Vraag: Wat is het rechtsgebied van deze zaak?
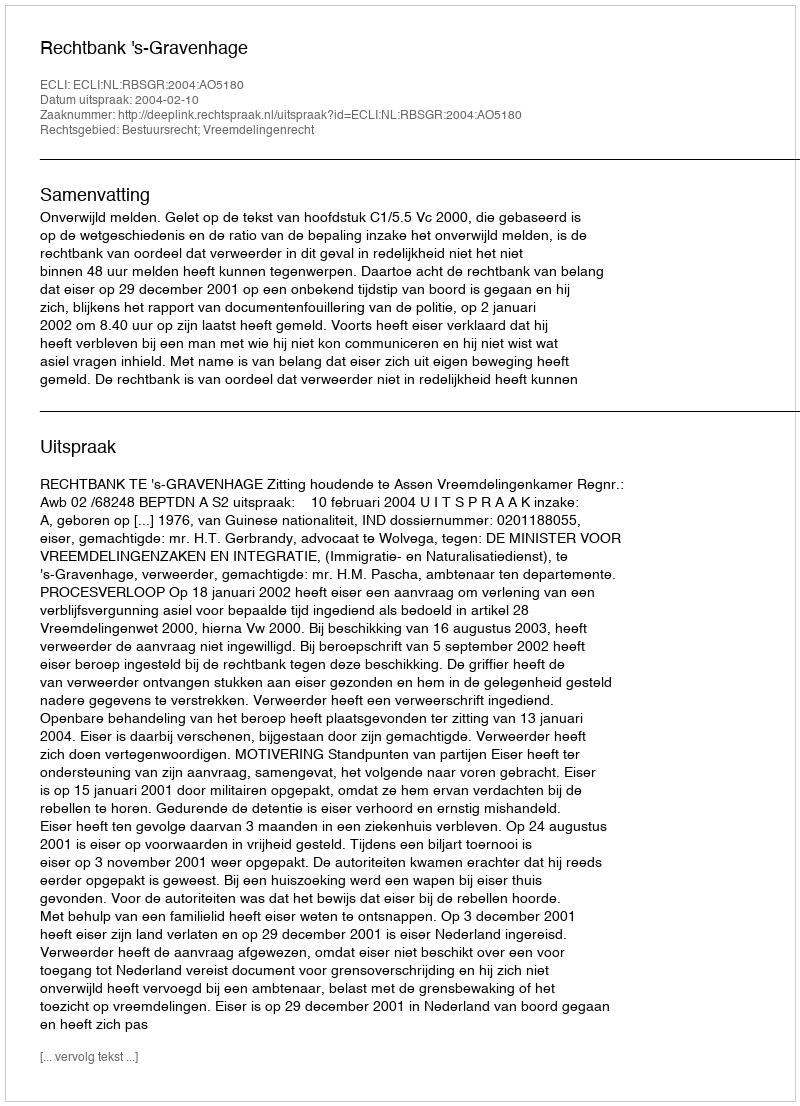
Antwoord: Bestuursrecht; Vreemdelingenrecht